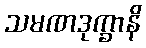
သမဏဒုက္ခာနိ